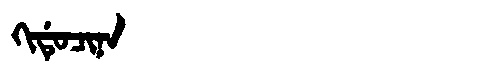
Manchu: ᡴᡳᡩᡠᠴᡳᠨᠠ
Romanization: KIDUCINA